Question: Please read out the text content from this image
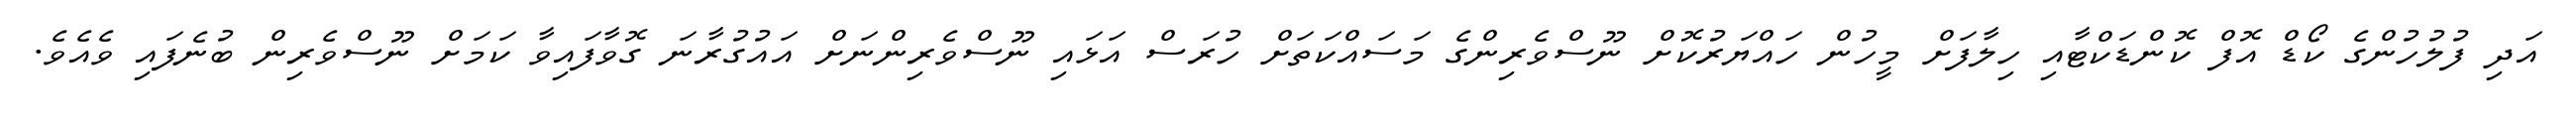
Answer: އަދި ފުލުހުންގެ ކޯޑް އޮފް ކޮންޑަކްޓާއި ހިލާފަށް މީހުން ހައްޔަރުކޮށް ނޫސްވެރިންގެ މަސައްކަތަށް ހުރަސް އަޅައި ނޫސްވެރިންނަށް އައުގުރާނަ ގޮވާފައިވާ ކަމަށް ނޫސްވެރިން ބުނެފައި ވެއެވެ.